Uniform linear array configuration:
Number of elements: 16
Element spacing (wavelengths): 0.25
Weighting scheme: blackman
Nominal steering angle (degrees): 45
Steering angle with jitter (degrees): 44.727
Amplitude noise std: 0.05
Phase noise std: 0.05

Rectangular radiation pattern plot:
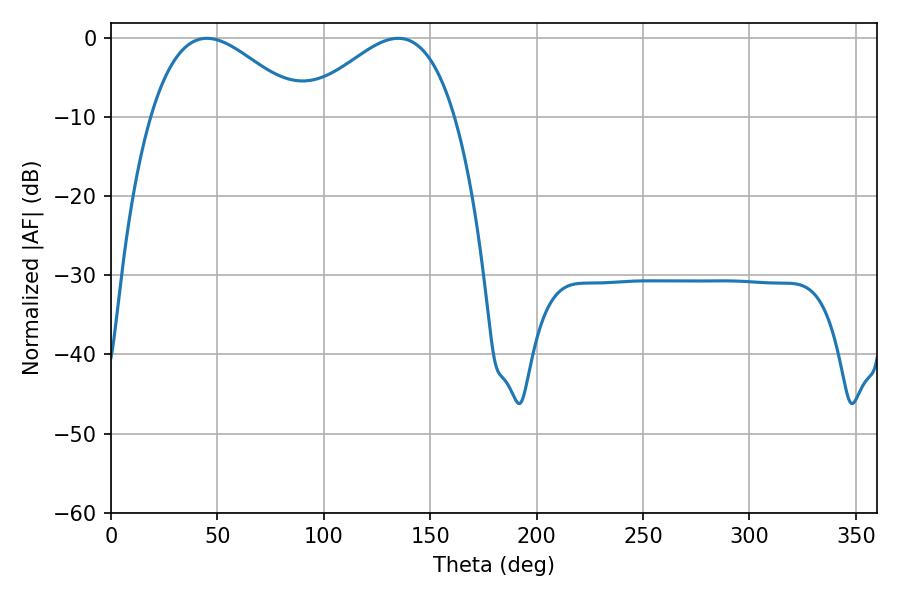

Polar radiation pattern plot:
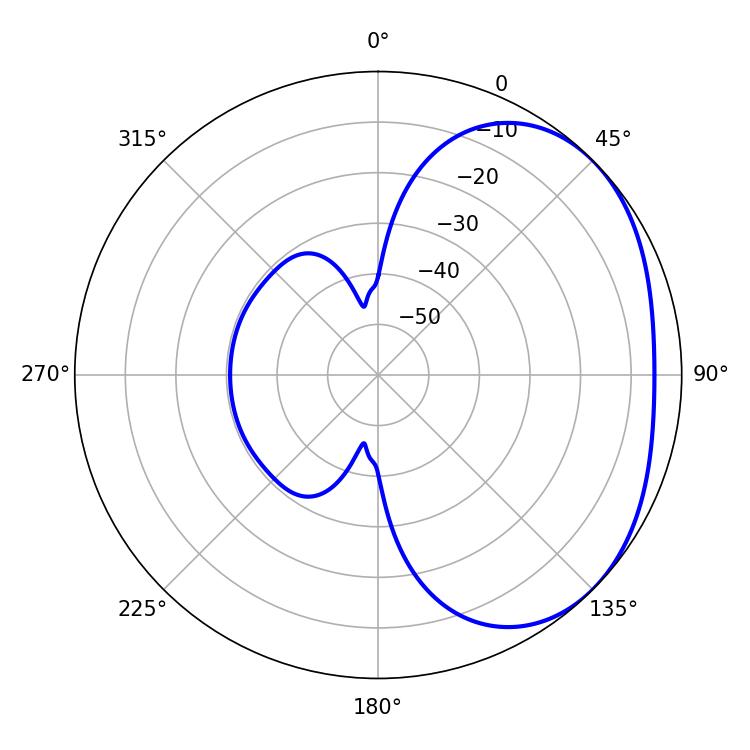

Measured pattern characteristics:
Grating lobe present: FALSE
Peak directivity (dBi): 2.589
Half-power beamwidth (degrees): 38.7
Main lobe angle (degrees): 135